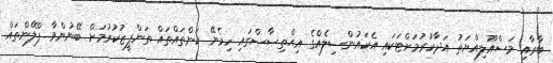
ބާރާއި މަސްއޫލިއްޔަތު އަދާކުރުމަށްޓަކައި އެކައުންސިލެއްގެ އިޙްތިޞާޞްގައި ހިމެނޭ ކަންތައްތައް ތަންފީޒުކުރުމަށް ބޭނުންވާ ޕްލޭންތައް